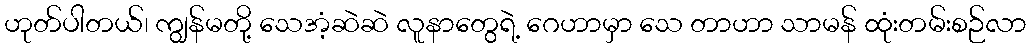
ဟုတ်ပါတယ်၊ ကျွန်မတို့ သေအံ့ဆဲဆဲ လူနာတွေရဲ့ ဂေဟာမှာ သေ တာဟာ သာမန် ထုံးတမ်းစဉ်လာ